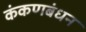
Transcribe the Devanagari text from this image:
कंकणबंधन